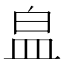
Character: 𭽾